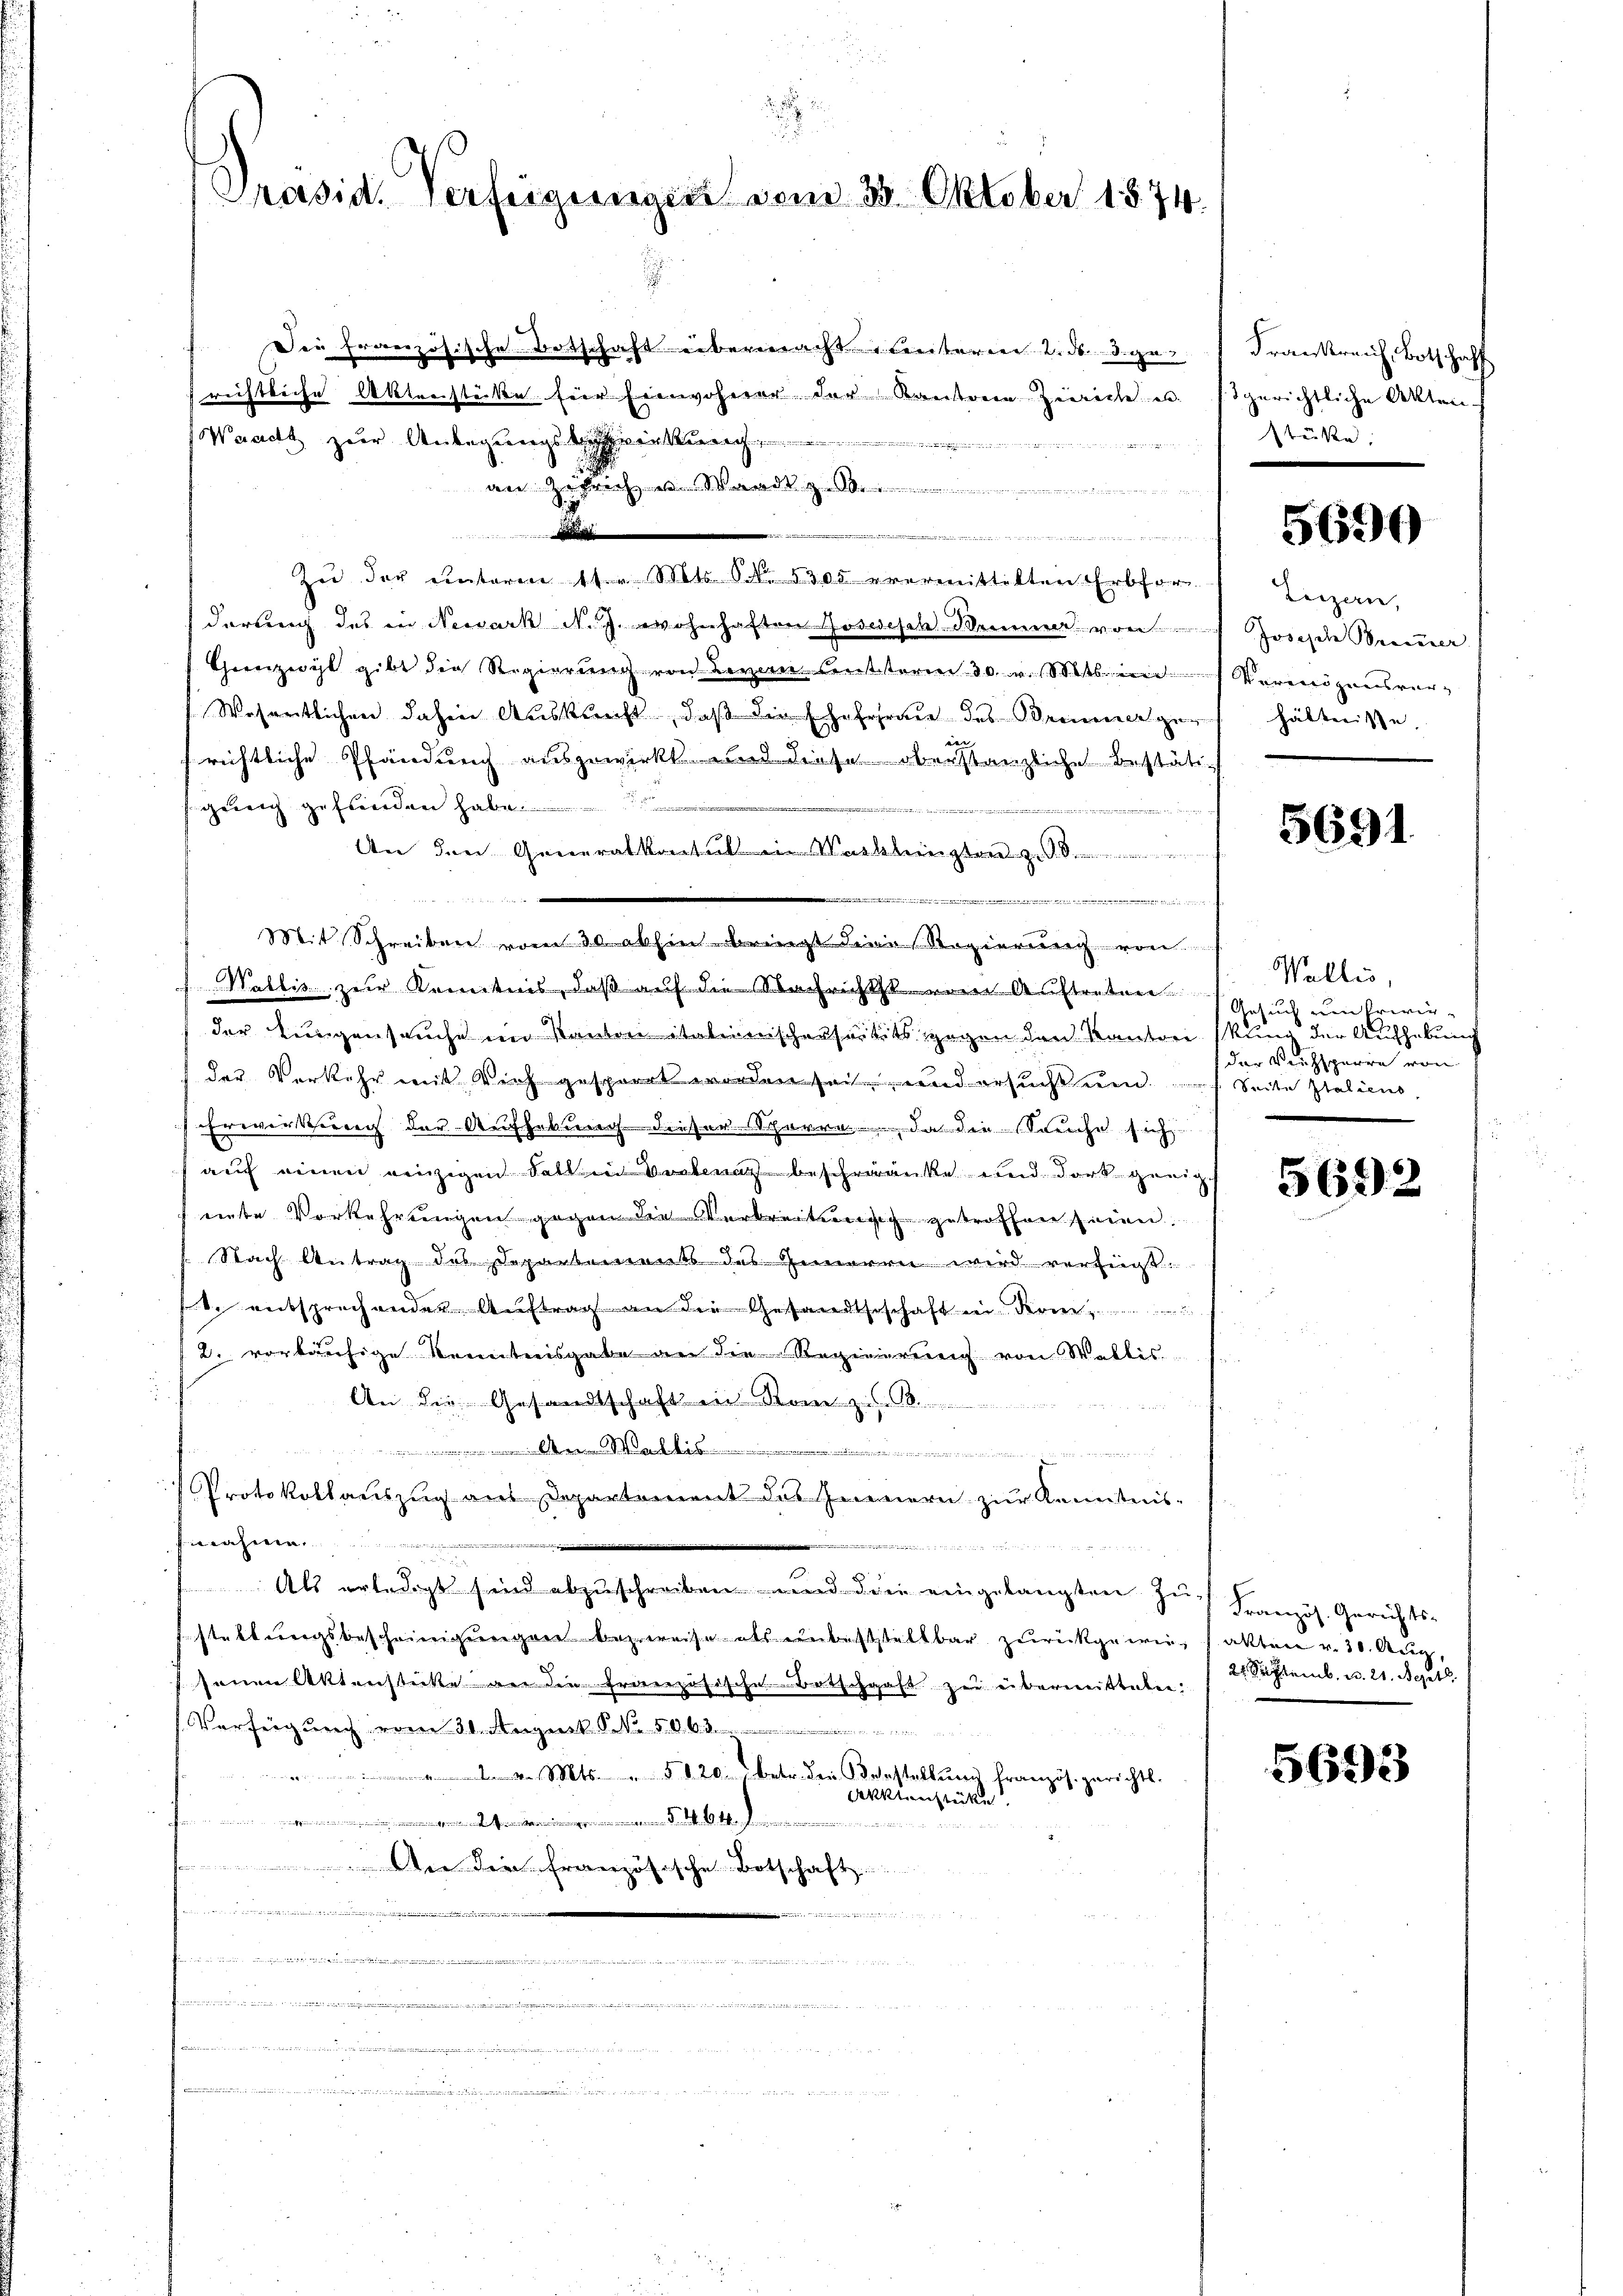
Präsid. Verfügungen vom 30. Oktober 1874.

Die französische Botschaft übermacht weiteren 2. ds. ge
richtliche Aktenstücke fier Einwohner der Kantoren Zierich u. so gerichtliche Akten-
Waadt zur Anlegungsbewirkung

an Zufrich, u. Wardt z. B.
A
 . . . . . . . . . . . .
Zŭ der ŭnterm 11. Mts. NNo. 5300 erermittelten Erbfor
darung des in Newark N. J. wohnhaften Josedisch dem von Josepha Bremer
Grenzeigt gibt die Regierung von Levan Centsterm 30. v. Mts. eine Vermögensver¬
Wesentlichen dahin Auskunft, daß die Ehe hohen des Brennen geen |
richtliche Pfändung ausgewirkt und diese oberstanzliche Bestäti-
gezeich gefunden habe.
An den Generalkontill in Mecklingten z.

e
Mit Schreiben vom 30 abhin bringt die Regierung von
 Wallis zur Kenntnis, daß auf die Nachrichts vom Auftreten
der Lungenseuche im Kanton italienischerseits gegen den Kanton stung der Aufhebung
der Verkehr mit Vieh gesperrt worden sei, und ersucht und Seite Italiens
Erwerkereich der Aufhebung dieser Sparre da die Sache sich
auf einen einzigen soll in Vorbenag beschränke und dort genig
nnte Vorkehrungen gegen die Verbreitung getroffen seien.
Nach Antrag des Departements des Inneren wird verfügt:
. entsprechender Auftrag an die Gesandtseschaft in deren
2. vorläufige Koneitwisgabe an die Regierung von Wallis.
An die Gesandtschaft in Rom zu
Wenn der

Protokollauszug aus Departement des Innern zur Kenntnis-
nähme.
in

Als erledigt sind abzŭschreiben und die eingelangten zŭ Französ. Gerichts-
staltungsbescheinigŭngen bezweise als unbestaltbar zurückgewies fakten v. 30. Aug,
senen Aktenstatte an die französische Botschaft zu übermitteten,
Verfügung vom 31. August. S. 5068
 v. Mts. S. 820 betr. den Verstellung französ. gerichtl.
Aktienstücke.
..........................................
b
An die französische Botschaft
nin der

.
e en der ein gan und die
.

Frankreich, Botschaff
stüke

5690

Luzern,
hältnisse.

5691

Wallis,
Gesuch um Erwieder Reichsparre von

5692

2 Septemb. v. 21. Septb.

5693